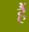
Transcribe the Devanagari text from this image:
हैें